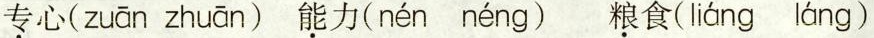
专心(zuān zhuān) 能力( nén néng )粮食( liáng láng )